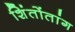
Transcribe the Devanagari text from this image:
शिंतोंतांग